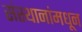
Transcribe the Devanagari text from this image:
संस्थानांमधून